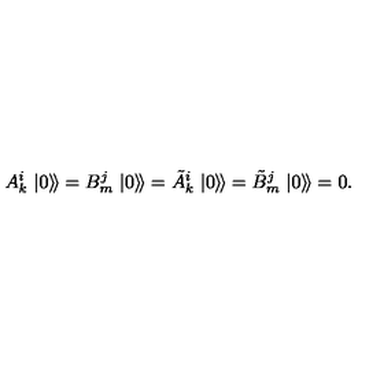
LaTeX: A _ { k } ^ { i } \left. \left| 0 \right\rangle \! \right\rangle = B _ { m } ^ { j } \left. \left| 0 \right\rangle \! \right\rangle = \tilde { A } _ { k } ^ { i } \left. \left| 0 \right\rangle \! \right\rangle = \tilde { B } _ { m } ^ { j } \left. \left| 0 \right\rangle \! \right\rangle = 0 .